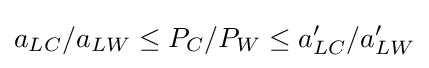
a_{LC}/a_{LW}\leq {P_{C}/P_{W}}\leq {a'_{LC}/a'_{LW}}